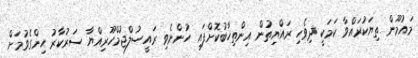
މައުމޫން ތިޔަކުރައްވާ ކަމަކީ ދިވެހި ރައްޔިތުން އިންތިޚާބުކޮށްފައި ހުންނެވި ރައީސުލްޖުމްހޫރިއްޔާ ސަރުކާރު ހިންގެވުމަށް